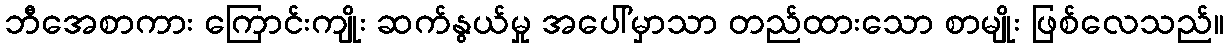
ဘီအေစာကား ကြောင်းကျိုး ဆက်နွယ်မှု အပေါ်မှာသာ တည်ထားသော စာမျိုး ဖြစ်လေသည်။